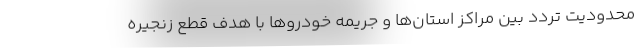
محدودیت تردد بین مراکز استان‌ها و جریمه خودروها با هدف قطع زنجیره